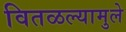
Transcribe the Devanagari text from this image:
वितळल्यामुले